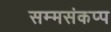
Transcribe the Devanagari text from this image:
सम्मसंकप्प